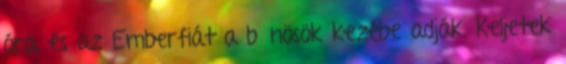
óra, és az Emberfiát a bűnösök kezébe adják. Keljetek